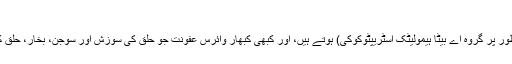
خناق مطلق (tonsillitis)
خناق مطلق کا عام طور پر سبب مخصوص جراثیم (مثال کے طور پر گروہ اے بیٹا ہیمولیٹک اسٹریپٹوکوکی) ہوتے ہیں، اور کبھی کبھار وائرس عفونت جو حلق کی سوزش اور سوجن، بخار، حلق کے پیچھے سفید دھبے اور نگلنے میں مشکل کا سبب بنتے ہیں۔